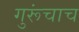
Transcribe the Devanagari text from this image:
गुरूंचाच